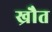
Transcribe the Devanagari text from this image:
ख्रौत